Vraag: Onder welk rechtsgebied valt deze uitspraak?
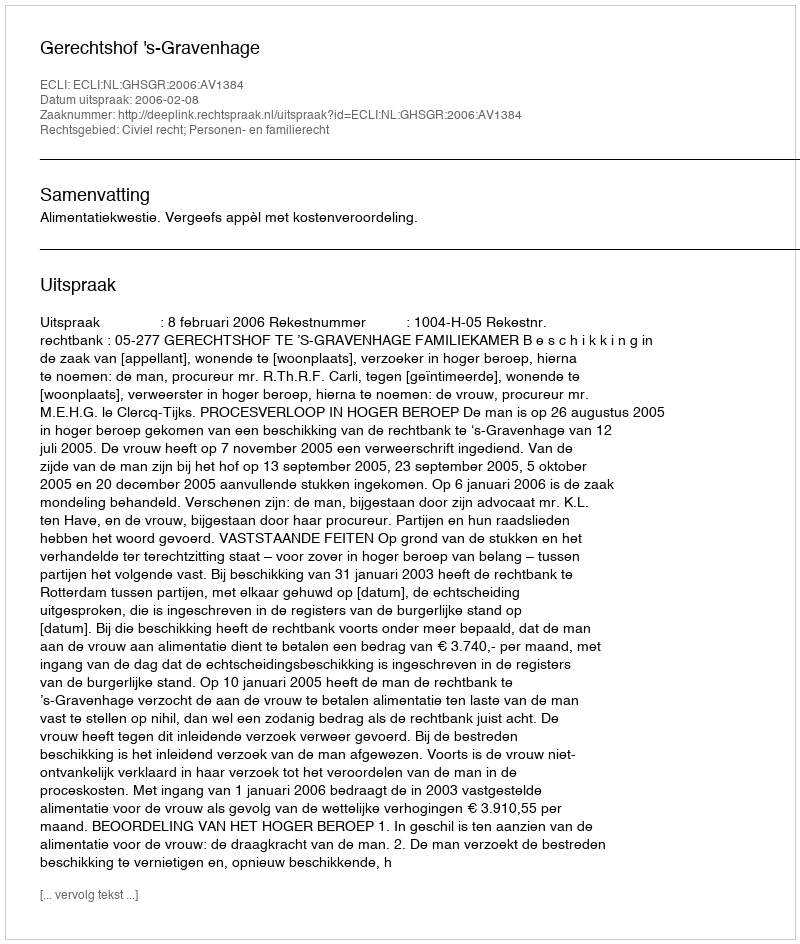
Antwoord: Civiel recht; Personen- en familierecht